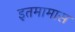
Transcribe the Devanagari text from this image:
इतमामास